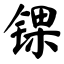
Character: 锞